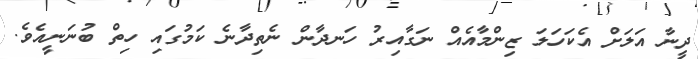
ދީނާ އަލަށް އެކަހަލަ ޒިންމާއެއް ނަގާއިރު ހަނދާން ނެތިދާނެ ކަމުގައި ހިތް ބުނަނީއެވެ.